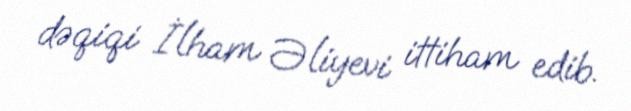
dəqiqi İlham Əliyevi ittiham edib.